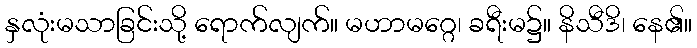
နှလုံးမသာခြင်းသို့ ရောက်လျက်။ မဟာမဂ္ဂေ၊ ခရီးမ၌။ နိသီဒိ၊ နေ၏။